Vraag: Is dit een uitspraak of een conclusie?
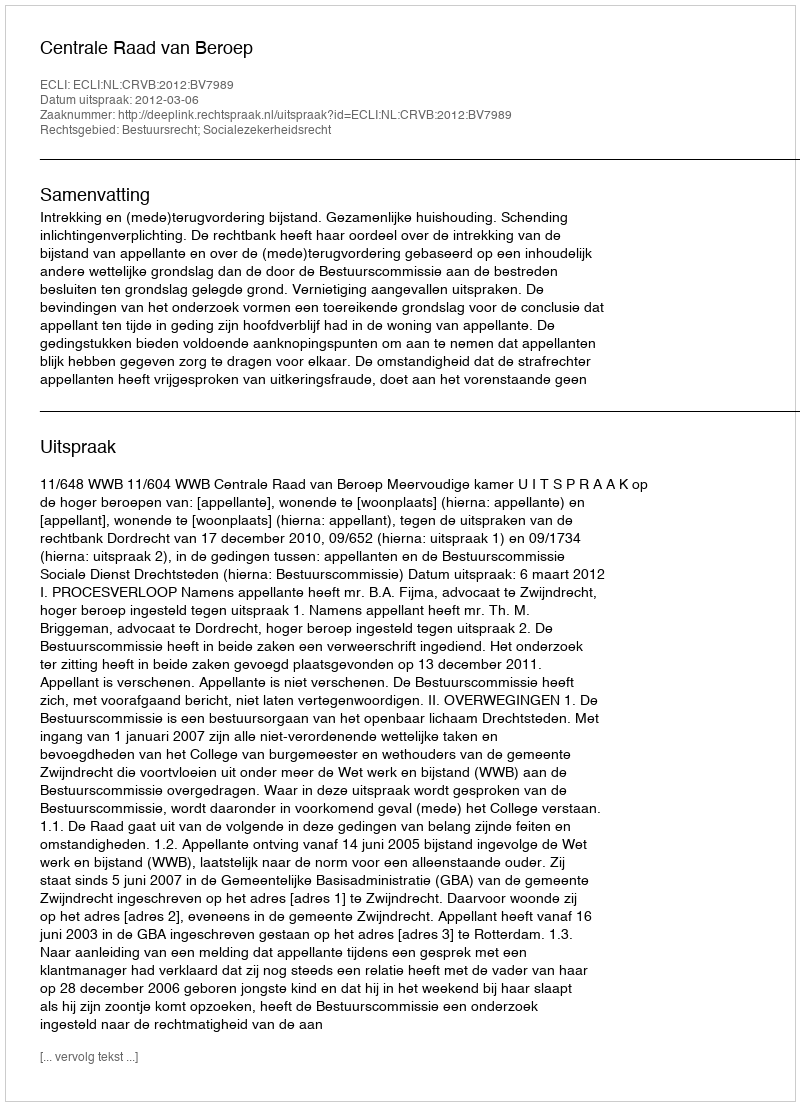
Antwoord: Uitspraak